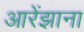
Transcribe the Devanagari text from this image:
आरेंझाना